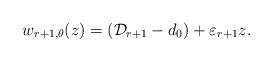
LaTeX: \begin{align*}w_{r+1,\theta}(z)=(\mathcal{D}_{r+1}-d_0)+\varepsilon_{r+1}z.\end{align*}